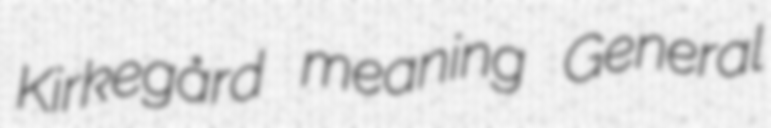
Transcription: Kirkegård meaning General